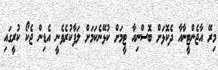
މިރޭ އާޖެންޓީނާއާ ދެކޮޅަށް ބޮސްނިއާ ޓީމަށް ކުޅޭނެކަމަށް ލަފާކުރެވެނީ އެޑިން ޖެކޯ ކުރީގައި